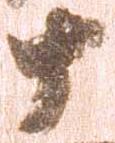
十